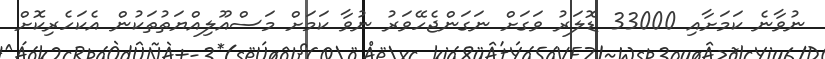
ނުވާނެ ކަމަށާއި 33000 ޑޮލަރު ވަގަށް ނަގަންޖެހޭވަރު ނުވާ ކަމަށް މަސްއޫލިއްޔަތުތަކުން އެކަހެރިކޮށް